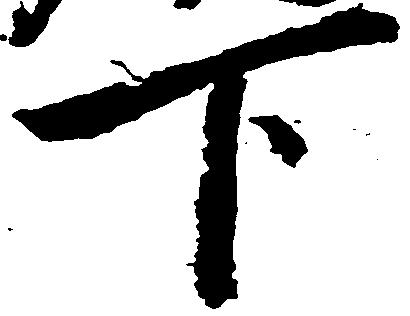
下